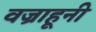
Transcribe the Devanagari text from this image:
वज्राहूनी